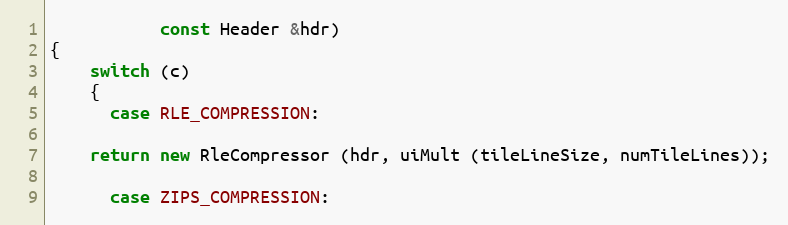
Language: C++
		   const Header &hdr)
{
    switch (c)
    {
      case RLE_COMPRESSION:

	return new RleCompressor (hdr, uiMult (tileLineSize, numTileLines));

      case ZIPS_COMPRESSION: